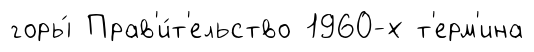
горы́ Прав'и́т'ельство 1960-х т'ерм'ина